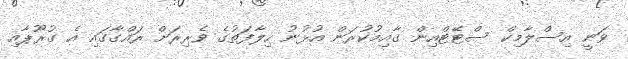
ވަނީ އިސްލާމިކް ސްޓޭޓްއިން ގާއިމުކުރަން އުޅުނު ހިލާފަތުގެ ވެރިރަށް ރައްގާގައި އެ ގުރޫޕާއި